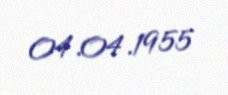
04.04.1955